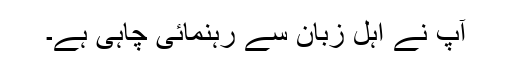
آپ نے اہلِ زبان سے رہنمائی چاہی ہے۔